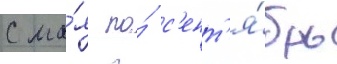
С ма́я по́ с'ент'я́брь